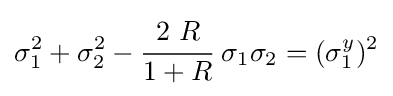
\sigma _{1}^{2}+\sigma _{2}^{2}-{\cfrac {2~R}{1+R}}~\sigma _{1}\sigma _{2}=(\sigma _{1}^{y})^{2}